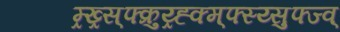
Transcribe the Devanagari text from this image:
म्र्ख्र्स्फ्क्रुय्र्ह्क्म्फ्स्य्सुफ्ज्व्